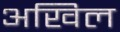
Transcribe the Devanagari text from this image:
अखिल